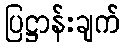
ပြဋ္ဌာန်းချက်